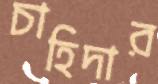
চাহিদার